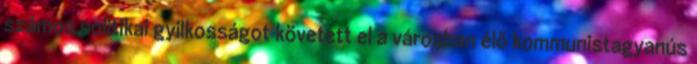
számos politikai gyilkosságot követett el a városban élő kommunistagyanús